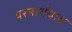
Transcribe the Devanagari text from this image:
परमार्थवाद